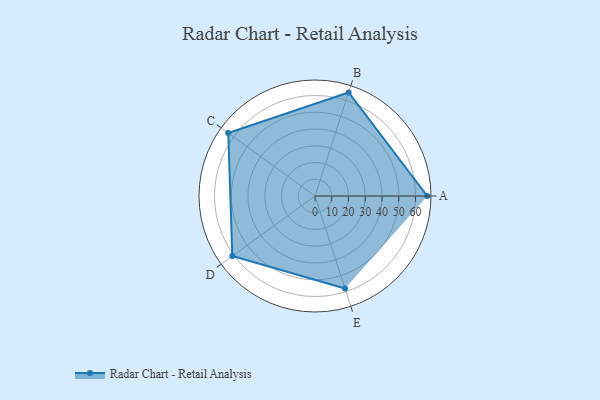
{"axis": {"x": "Skill", "y": "Score"}, "legend": ["Profile"], "data": [{"x": "A", "y": 67.0, "type": "Profile"}, {"x": "B", "y": 65.0, "type": "Profile"}, {"x": "C", "y": 64.0, "type": "Profile"}, {"x": "D", "y": 61.0, "type": "Profile"}, {"x": "E", "y": 58.0, "type": "Profile"}]}